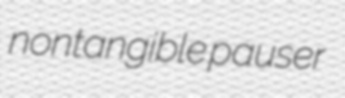
nontangible pauser